Report on inoculation in the plague infected areas of the Punjab and its dependencies from October 1900 to September 1901
Year: 1900
Disease focus: Plague
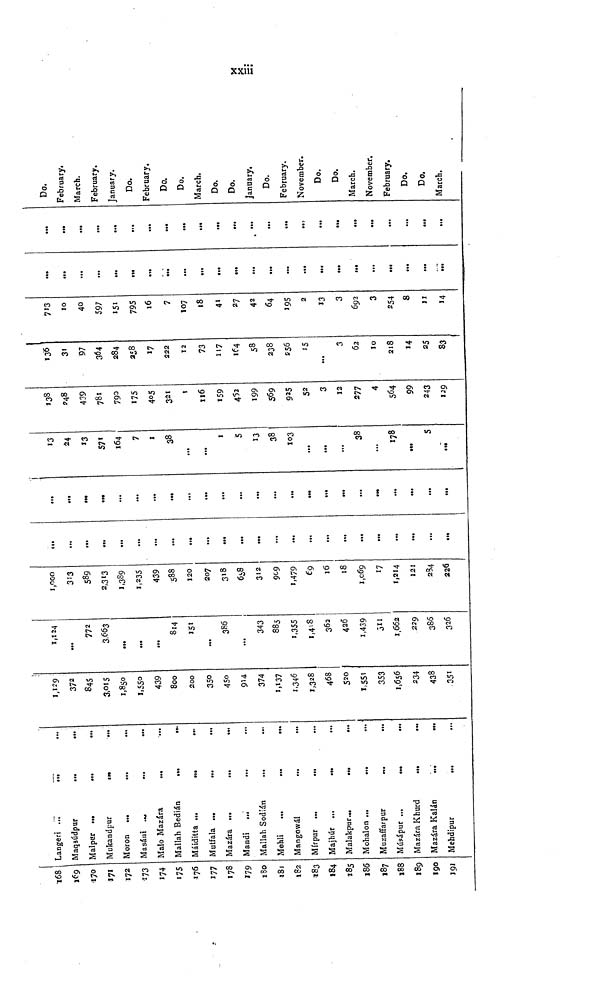
xxiii.
168
169
170
171
172
173
174
175
176
177
178
179
180
181
182
183
184
185
186
187
188
189
190
191
Langen ...
.,.
...
Maqsúdpur
...
...
Malpur ...
...
...
Mukandpur
Moron ...
...
...
Masáni
Malo Mazára
...
Mallah Bedián
Máiditta
Mutfala
Mazára ...
...
...
Mandi
...
...
Mallah Sodián
Mehli
Mangowál
...
...
Mírpur ...
...
Majhúr ...
..
...
Malakpur
Mohalon
Muzaffarpur
Músápur
Mazára Khurd
...
.
Mazára Kalán
...
...
Mehdipur
...
372
845
3,015
1,850
1,550
439
800
200
350
45o
914
374
1,137
1,346
1,328
468
520
1,551
353
1,656
234
438
351
1,124
...
772
3,663
...
...
...
814
151
...
386
...
343
885
1,355
1,418
362
426
1,439
311
1,662
229
386
326
1,000
313
589
2,313
1,389
1,235
439
588
120
207
318
6¿8
312
909
1,479
69
16
18
1,069
17
1,214
121
284
226
...
...
...
...
...
...
...
...
...
...
...
...
...
...
..,
...
...
...
...
...
...
...
:
...
...
...
...
...
...
...
...
...
...
...
...
...
...
...
...
...
13
24
13
571
164
7
1
38
...
...
1
5
13
38
103
...
...
...
38
...
178
5
138
248
439
781
790
175
405
321
1
116
159
452
199
569
925
52
3
12
277
4
564
99
243
129
136
31
97
364
284
258
17
222
12
73
117
164
58
238
256
15
...
3
62
10
218
14
25
83
713
10
40
597
151
795
16
7
107
18
41
27
42
64
195
2
13
3
692
3
254
8
11
14
...
...
...
...
.
...
...
...
...
...
...
...
...
...
...
...
...
...
...
...
...
...
...
...
...
...
...
...
...
...
...
...
...
...
...
...
...
..,
...
...
...
Do.
February.
March.
February.
January.
Do.
February.
Do.
Do.
March.
Do.
Do.
January,
Do.
February.
November.
Do.
Do.
March.
November.
February,
Do.
Do.
March.